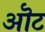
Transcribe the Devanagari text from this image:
ऒट